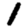
Digit: 1